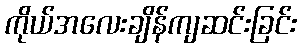
ကိုယ်အလေးချိန်ကျဆင်းခြင်း